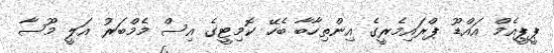
ޕީޕީއެމް އައްޑޫ ޕްރައިމެރީގެ އިންތިހާބާ ބެހޭ ކޮމިޓީގެ އިސް މެމްބަރު އަލީ މޫސާ